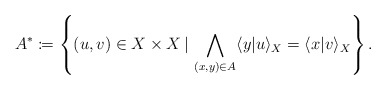
\begin{align*}A^{\ast}\coloneqq\left\{ (u,v)\in X\times X\, | \,\bigwedge_{(x,y)\in A}\langle y|u\rangle_{X}=\langle x|v\rangle_{X}\right\} .\end{align*}